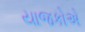
યાજકોએ